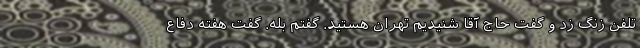
تلفن زنگ زد و گفت حاج آقا شنیدیم تهران هستید. گفتم بله. گفت هفته دفاع